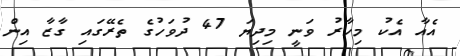
އެއާ އެކު މިހާރު ވަނީ މިދިޔަ 47 ދުވަހުގެ ތެރޭގައި ގާޒާ އިން